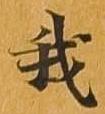
我